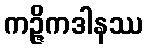
ကဉ္ဇိကဒါနဿ